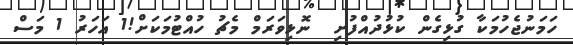
ހަމަނުޖެހުމަކާ ގުޅިގެން ކުޅުދުއްފުށި  ނޮޅިވަރަމް މެޗު ހުއްޓުމަކަށް!1 އަހަރު 1 މަސް